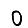
Digit: 0